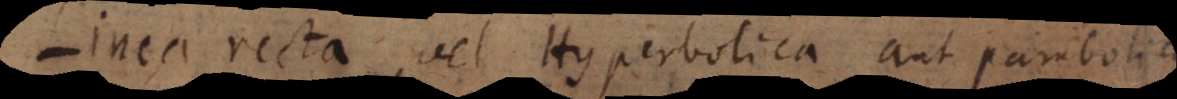
Linea recta, vel Hyperbolica aut parabolica